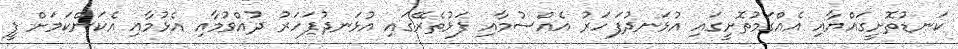
ކަނޑުތޮށީގައްޔާއި އެއްގަމުތޮށީގައި އުޅަނދުފަހަރު އެއްސުމާއި ފަޅުތެރޭގައި އުޅަނދުފަހަރު ދުއްވުމާއި އެޅުމާއި އެކަންކަމަށް ފީ